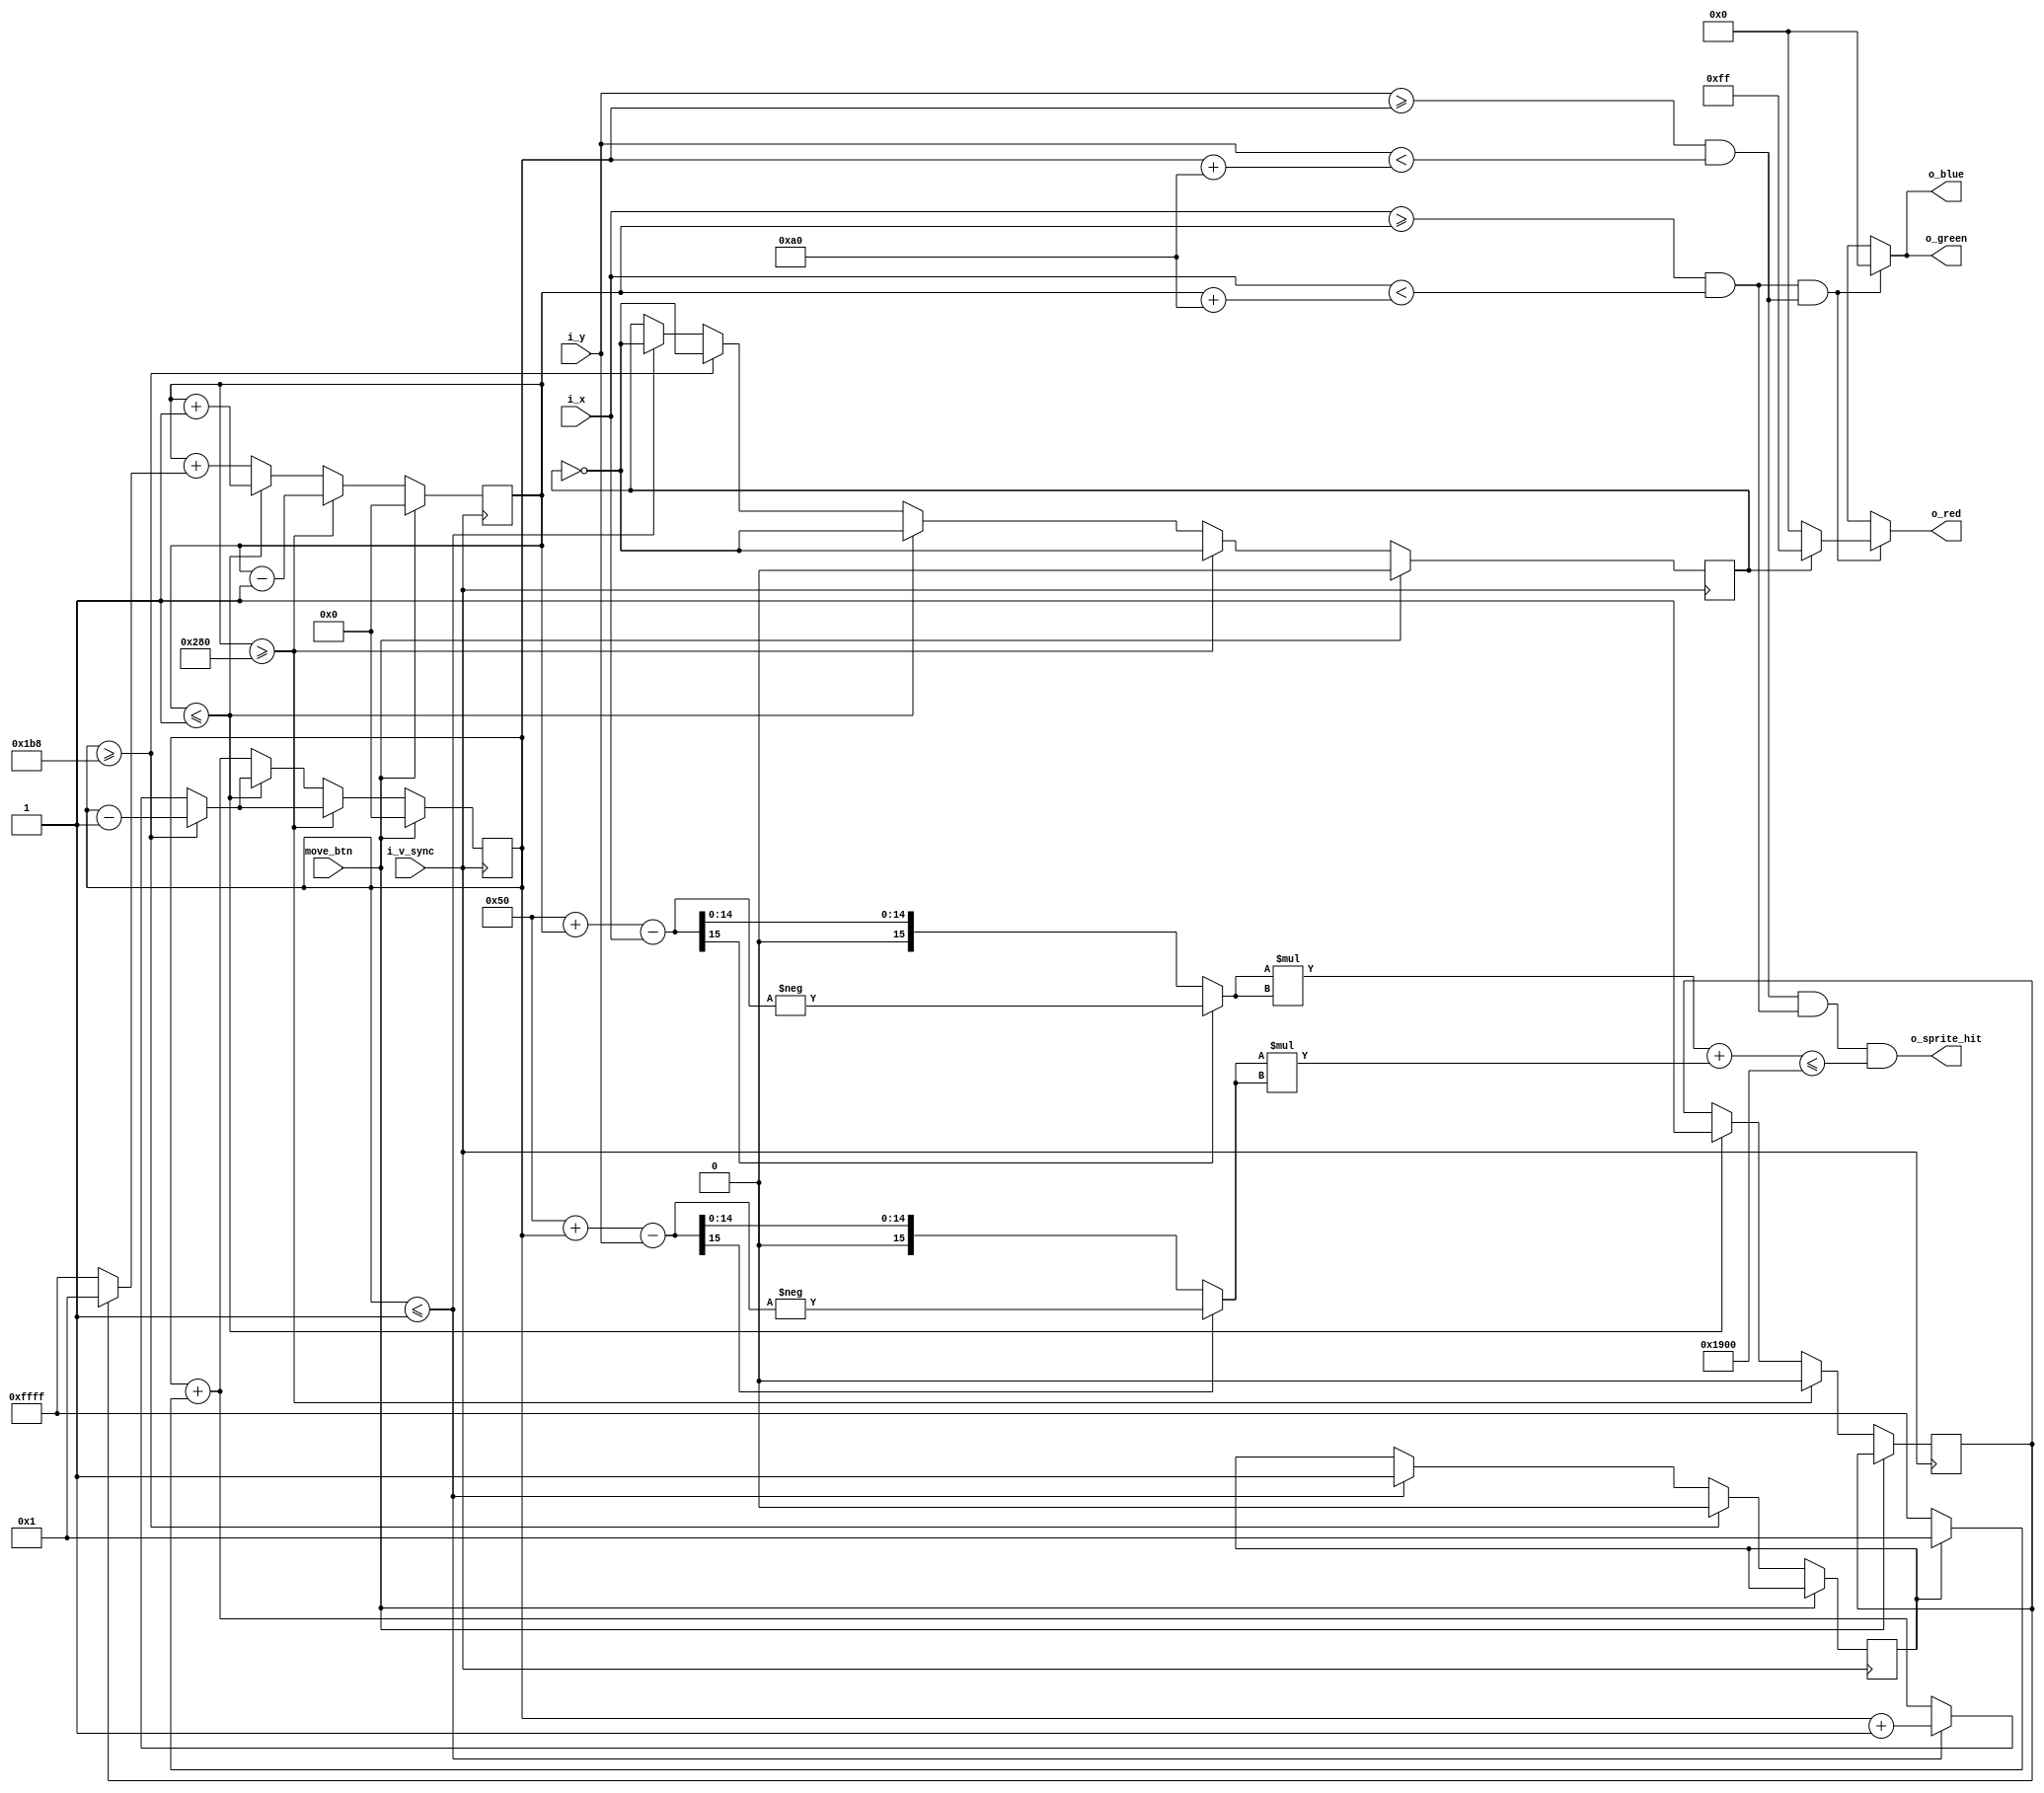
`timescale 1ns / 1ps



module sprite_compositor #(
    parameter H_RES = 800,  // Horizontal resolution
    parameter V_RES = 600   // Vertical resolution
    )(
    input wire [15:0] i_x,
    input wire [15:0] i_y,
    input wire i_v_sync,
    output wire [7:0] o_red,
    output wire [7:0] o_green,
    output wire [7:0] o_blue,
    output wire o_sprite_hit,
    
    // btn  
    input wire move_btn   // btn     ,   
    );
    
    // sprite   
    reg [15:0] sprite_x     = 16'd00;
    reg [15:0] sprite_y     = 16'd00; 
    reg sprite_x_direction  = 1;
    reg sprite_y_direction  = 1;
    reg sprite_flip         = 0;
    wire sprite_hit_x, sprite_hit_y;

    
    // Calculate the circle equation
    localparam RADIUS = 80; 
    wire circle_inside;
    
    wire signed [15:0] dx_signed, dy_signed; //        signed 
    wire [15:0] dx, dy;                       // unsigned 
    
    assign dx_signed = (RADIUS + sprite_x) - i_x; // sprite_x
    assign dy_signed = (RADIUS + sprite_y) - i_y; // sprite_y
    assign dx = (dx_signed[15]) ? -dx_signed : dx_signed;
    assign dy = (dy_signed[15]) ? -dy_signed : dy_signed;
       
    wire [31:0] dx_squared = dx * dx; // 16bit   32bit
    wire [31:0] dy_squared = dy * dy; // 16bit   32bit
    wire [31:0] radius_squared = RADIUS * RADIUS;
    
    assign circle_inside = (dx_squared + dy_squared) <= radius_squared;

    // sprite  :   160
    assign sprite_hit_x = (i_x >= sprite_x) && (i_x < sprite_x + 160);
    assign sprite_hit_y = (i_y >= sprite_y) && (i_y < sprite_y + 160);

    // i_v_sync positive edgea  (i_v_syncv display timing v_sync  ->  frame   )
     always @(posedge i_v_sync ) 
     begin
        // iteration    btn logic    X
        if(move_btn == 1)
            begin
                sprite_x <= 0;
                sprite_y <= 0;
                sprite_flip <= 0;
            end
        else
            begin
            // sprite_y == V_RES-160 : sprite image y   
            // , sprite_y <= sprite_y + 1;    posedge i_v_sync  sprite_y == V_RES-160
            //    sprite_flip  
            if (sprite_y >= V_RES-160)
                 begin
                    sprite_y_direction <= 0;
                    sprite_y <= sprite_y - 1;
                    sprite_flip <= ~sprite_flip;
                 end            
            // sprite_y <= 1 : sprite image y   
             else if (sprite_y <= 1)
                 begin
                    sprite_y_direction <= 1;
                    sprite_y <= sprite_y + 1;
                    sprite_flip <= ~sprite_flip;
                 end
             else
                begin
                    sprite_x <= sprite_x + (sprite_x_direction ? 1 : -1);
                    sprite_y <= sprite_y + (sprite_y_direction ? 1 : -1);
                end
            // sprite_x == H_RES-160 : sprite image x   
             if (sprite_x >= H_RES-160) 
                 begin
                    sprite_x_direction <= 0;
                    sprite_x <= sprite_x - 1;
                    sprite_flip <= ~sprite_flip;
                 end
            // sprite_x <= 1 : sprite image x   
             else if (sprite_x <= 1) 
                 begin
                    sprite_x_direction <= 1;
                    sprite_x <= sprite_x + 1;
                    sprite_flip <= ~sprite_flip;
                 end
             else
                begin
                    sprite_x <= sprite_x + (sprite_x_direction ? 1 : -1);
                    sprite_y <= sprite_y + (sprite_y_direction ? 1 : -1);
                end
            end
        
     end 
     
// RED  BLACK   logic, 12  
    wire [7:0] temp_red;
    wire [7:0] temp_green;
    wire [7:0] temp_blue;
    
    assign temp_red = (sprite_flip == 0) ? 8'd0 : 8'd255;
    assign temp_green = 8'd0;
    assign temp_blue = 8'd0;
    
    
    assign o_red    = (sprite_hit_x && sprite_hit_y) ? temp_red : 8'hXX;
    assign o_green  = (sprite_hit_x && sprite_hit_y) ? temp_green : 8'hXX;
    assign o_blue   = (sprite_hit_x && sprite_hit_y) ? temp_blue : 8'hXX;
    assign o_sprite_hit = (sprite_hit_y & sprite_hit_x) && (circle_inside != 1'd0);
    
endmodule